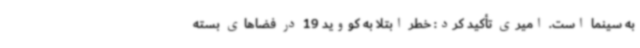
به سینما است. امیری تأکید کرد: خطر ابتلا به کووید 19 در فضاهای بسته